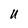
Character: U